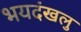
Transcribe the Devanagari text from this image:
भयदंखलु